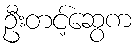
ဦးတင့်ဆွေက